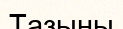
Тазыны